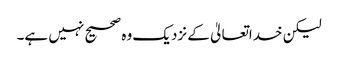
لیکن خداتعالیٰ کے نزدیک وہ صحیح نہیں ہے۔